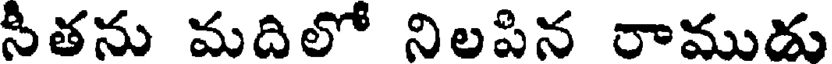
సీతను మదిలో నిలపిన రాముడు